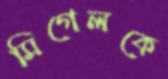
মিগেলকে